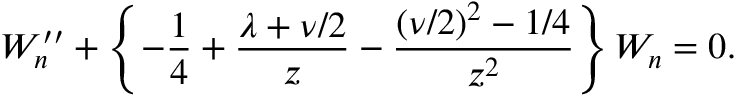
W _ { n } ^ { \prime \prime } + \left\{ { - { \frac { 1 } { 4 } } + { \frac { \lambda + \nu / 2 } { z } } - { \frac { ( \nu / 2 ) ^ { 2 } - 1 / 4 } { z ^ { 2 } } } } \right\} W _ { n } = 0 .